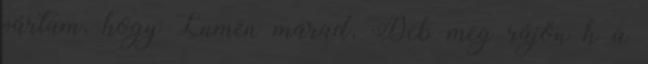
vártam, hogy Lumen marad, Deb meg rájön h a